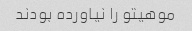
موهیتو را نیاورده بودند